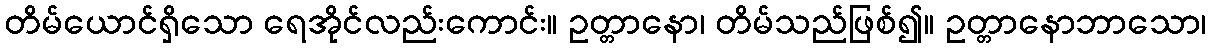
တိမ်ယောင်ရှိသော ရေအိုင်လည်းကောင်း။ ဥတ္တာနော၊ တိမ်သည်ဖြစ်၍။ ဥတ္တာနောဘာသော၊